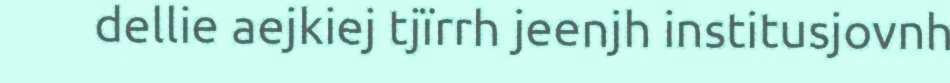
dellie aejkiej tjïrrh jeenjh institusjovnh